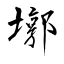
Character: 墎